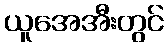
ယူအေအီးတွင်